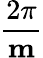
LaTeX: \frac{2\pi}{\mathbf{m}}